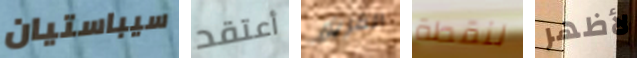
سيباستيان أعتقد الفريزر لنقطة لأظهر